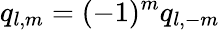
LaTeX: q_{l,m}=(-1)^{m}q_{l,-m}